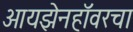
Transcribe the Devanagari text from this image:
आयझेनहॉवरचा